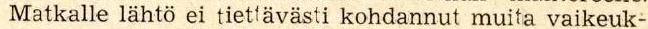
Matkalle lähtö ei tiettävästi kohdannut muita vaikeuk-